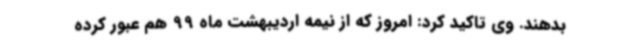
بدهند. وی تاکید کرد: امروز که از نیمه اردیبهشت ماه 99 هم عبور کرده